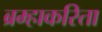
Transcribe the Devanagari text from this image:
ब्रम्हाकरिता